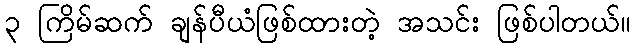
၃ ကြိမ်ဆက် ချန်ပီယံဖြစ်ထားတဲ့ အသင်း ဖြစ်ပါတယ်။